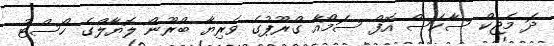
ދަ މެޖިކް ސާކަސް އޮފް ސަމޯއާ ގްރޫޕުގެ ވެރިޔާ ބްރޫނޯ ލޮޔާލްގެ ހޯސްޓު